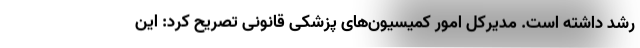
رشد داشته‌ است. مدیرکل امور کمیسیون‌های پزشکی قانونی تصریح کرد: این